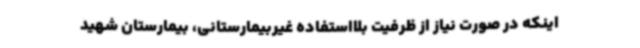
اینکه در صورت نیاز از ظرفیت بلااستفاده غیربیمارستانی، بیمارستان شهید